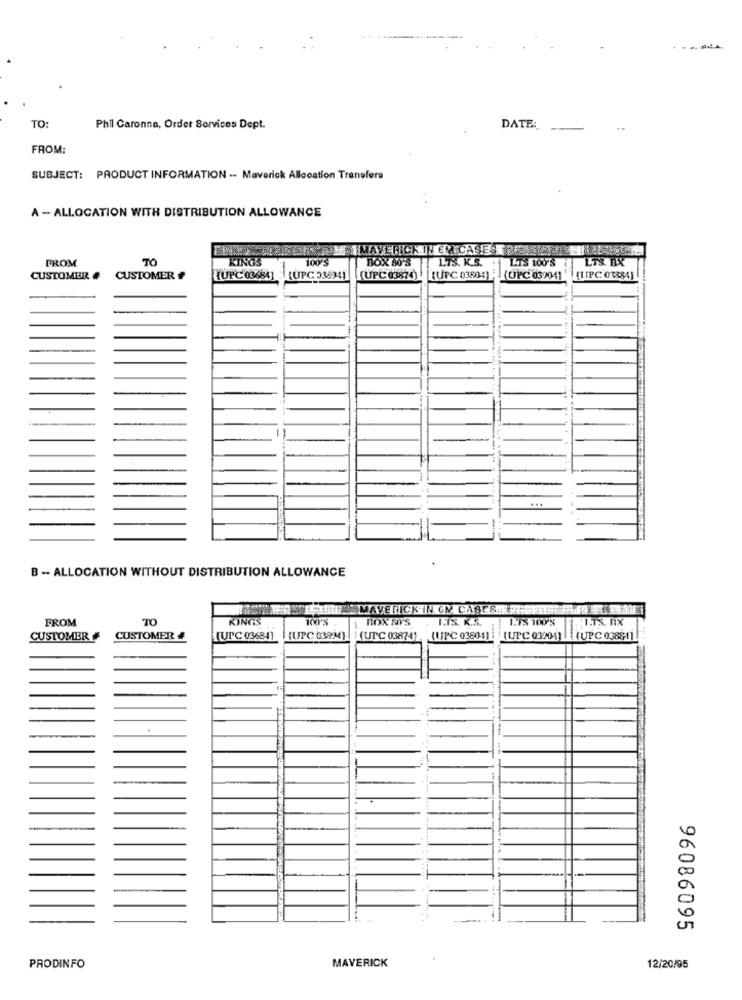
TO:
Phil Caronna, Order Services Dept.
DATE:
-
FROM:
SUBJECT: PRODUCT INFORMATION -- Maverick Allocation Transfere
A - ALLOCATION WITH DISTRIBUTION ALLOWANCE
FROM
TO
KINGS
10073
BOX 80'S LTS. K.S.
LTS. BX
LT'S 100'S
CUSTOMER
CUSTOMER #
{UPC 03684]
{UPC 338941
(UPC 03874) | ||[UPC 03904) - (UPC 03204]
(LIPC 03384]
B -- ALLOCATION WITHOUT DISTRIBUTION ALLOWANCE
FROM
TO
KINGS
BOX SY'S
. ITS. K.S.
1.18 100 %
HITS. nx
CUSTOMER
CUSTOMER #
[UPC 03684]
HUPC 039M1 }(UTC 03874) , (UPC 03801)
![UPC 03001)||(UPC 0388-11
96086095
MAVERICK
PRODINFO
12/20/95